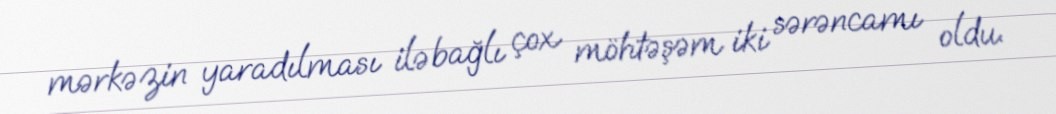
mərkəzin yaradılması ilə bağlı çox möhtəşəm iki sərəncamı oldu.